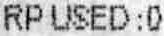
RPUSED : 0